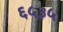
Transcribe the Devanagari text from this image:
६५३५